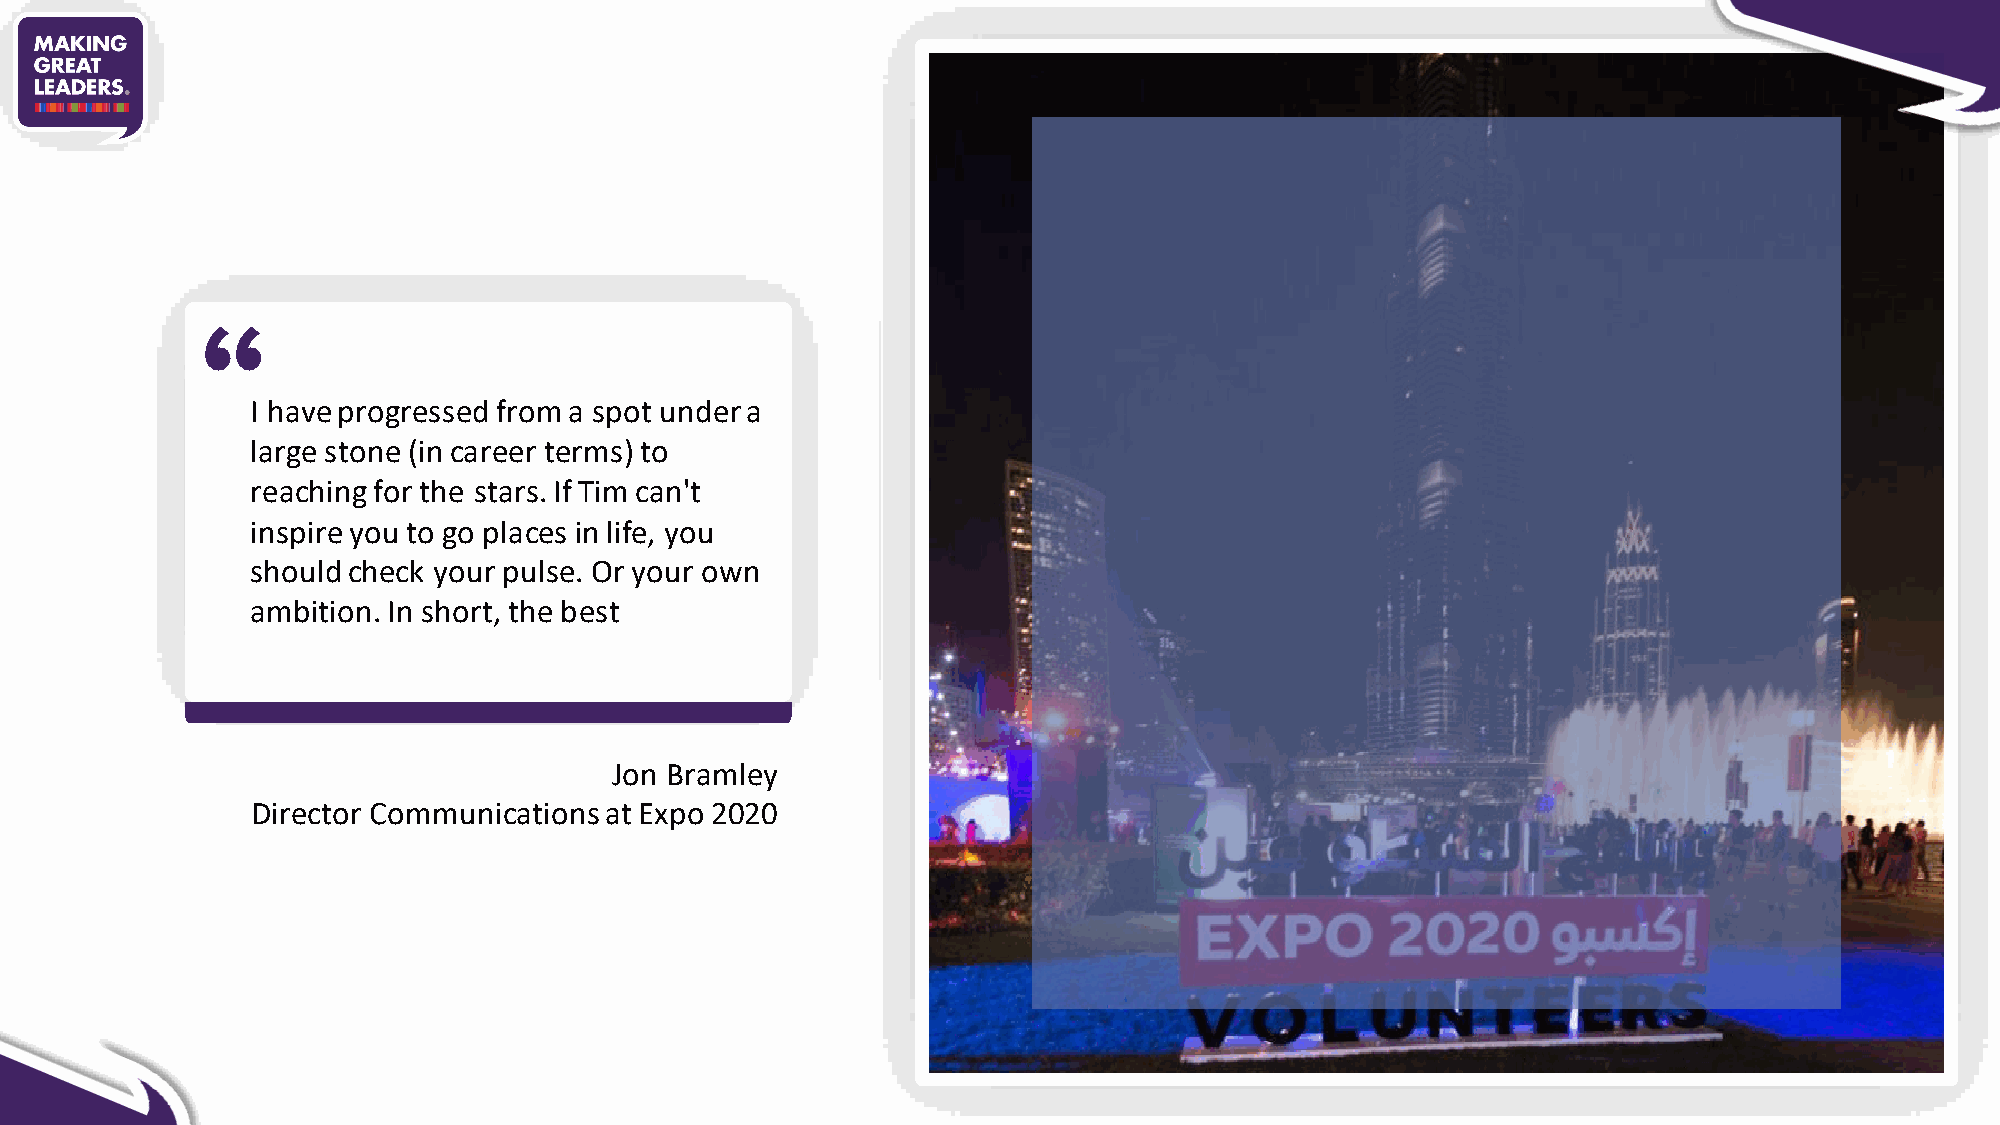
I have progressed from a spot under a
 large stone (in career terms) to
 reaching for the stars. If Tim can't
 inspire you to go places in life, you
 should check your pulse. Or your own
 ambition. In short, the best
 Jon Bramley
 Director Communications at Expo 2020